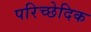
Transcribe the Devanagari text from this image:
परिच्छेदिक